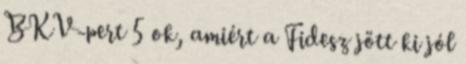
BKV-pert 5 ok, amiért a Fidesz jött ki jól